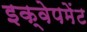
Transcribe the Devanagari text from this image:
इक्वेपमेंट